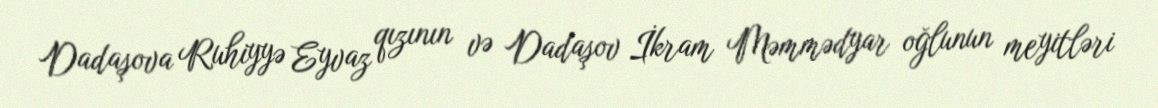
Dadaşova Ruhiyyə Eyvaz qızının və Dadaşov İkram Məmmədyar oğlunun meyitləri